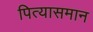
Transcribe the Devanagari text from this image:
पित्यासमान